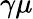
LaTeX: \gamma\mu